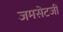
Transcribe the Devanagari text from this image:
जमसेटजी